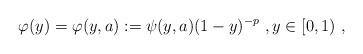
LaTeX: \begin{align*}\varphi(y) = \varphi(y,a) := \psi(y,a) (1-y)^{-p}\ , y\in [0,1)\ , \end{align*}